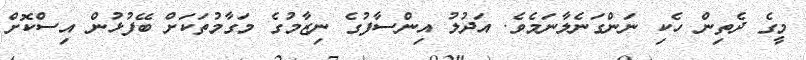
މީގެ ދެތިން ހެކި ނަންގަނެލާނަމެވެ. އަދުލު އިންސާފުގެ ނިޒާމުގެ މަގާމުތަކަށް ބޭފުޅުން އިސްކޮށް